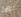
بها